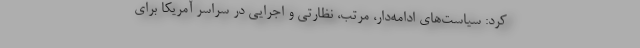
کرد: سیاست‌های ادامه‌دار، مرتب، نظارتی و اجرایی در سراسر آمریکا برای